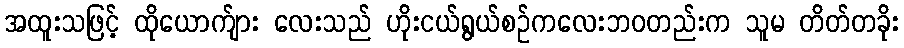
အထူးသဖြင့် ထိုယောက်ျား လေးသည် ဟိုးငယ်ရွယ်စဉ်ကလေးဘဝတည်းက သူမ တိတ်တခိုး